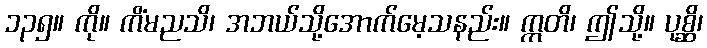
၁၃၅။ ကို။ ကိံမညသိ၊ အဘယ်သို့အောက်မေ့သနည်း။ ဣတိ၊ ဤသို့။ ပုစ္ဆိ၊